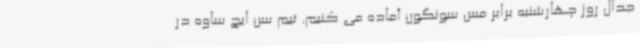
جدال روز چهارشنبه برابر مس سونگون آماده می کنیم. تیم سن ایچ ساوه در